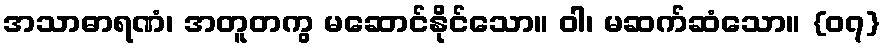
အသာဓာရဏံ၊ အတူတကွ မဆောင်နိုင်သော။ ဝါ၊ မဆက်ဆံသော။ {၀၇}